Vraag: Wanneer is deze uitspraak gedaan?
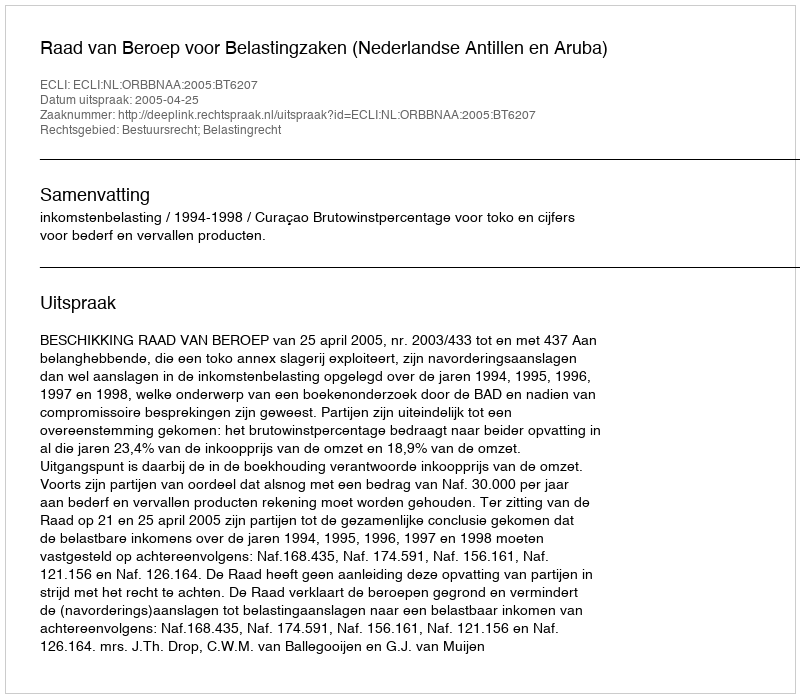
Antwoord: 2005-04-25